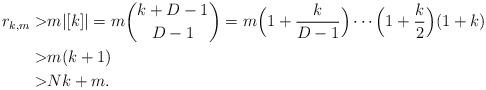
LaTeX: \begin{align*}r_{k,m}>&m|[k]|=m\binom{k+D-1}{D-1}=m\Big(1+\frac{k}{D-1}\Big)\cdots\Big(1+\frac{k}{2}\Big)(1+k)\\>&m(k+1)\\>&Nk+m.\end{align*}